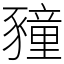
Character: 䝑